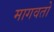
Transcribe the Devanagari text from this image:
मागवतो